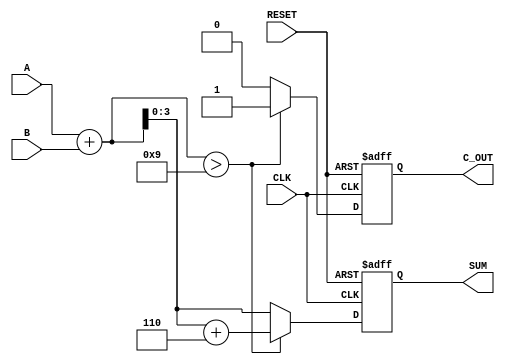
module BCD_Redundant_Binary_Adder (
    input wire [3:0] A,        // First BCD input
    input wire [3:0] B,        // Second BCD input
    output reg [3:0] SUM,      // BCD output result
    output reg C_OUT,          // Carry out bit
    input wire CLK,            // Clock signal
    input wire RESET           // Reset signal
);

    reg [4:0] raw_sum;         // Intermediate sum (5 bits to accommodate carry)

    always @(posedge CLK or posedge RESET) begin
        if (RESET) begin
            SUM <= 4'b0000;    // Reset the output
            C_OUT <= 1'b0;     // Reset carry out
        end else begin
            // Step 1: Add the two BCD inputs
            raw_sum = A + B;   // Add the two inputs (4 bits + 4 bits = 5 bits)

            // Step 2: Check for BCD adjustment
            if (raw_sum > 9) begin
                raw_sum = raw_sum + 5'd6; // Add 6 to correct the BCD
                C_OUT = 1'b1;              // Set carry out if adjustment is made
            end else begin
                C_OUT = 1'b0;              // No carry out
            end

            // Step 3: Assign the result
            SUM = raw_sum[3:0]; // Take lower 4 bits as the final BCD result
        end
    end

endmodule